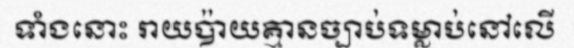
ទាំងនោះ រាយប៉ាយគ្មានច្បាប់ទម្លាប់នៅលើ